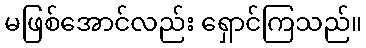
မဖြစ်အောင်လည်း ရှောင်ကြသည်။